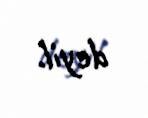
deyil.